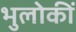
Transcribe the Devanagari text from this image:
भुलोकीं